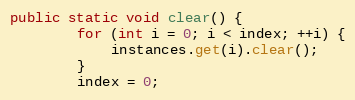
Language: Java
public static void clear() {
		for (int i = 0; i < index; ++i) {
			instances.get(i).clear();
		}
		index = 0;